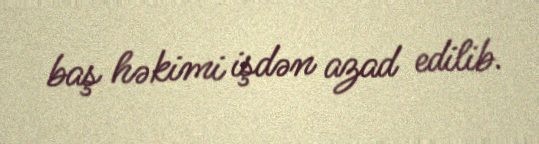
baş həkimi işdən azad edilib.